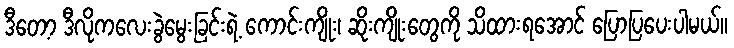
ဒီတေ့ာ ဒီလိုကလေးခွဲမွေးခြင်းရဲ့ ကောင်းကျိုး၊ ဆိုးကျိုးတွေကို သိထားရအောင် ပြောပြပေးပါမယ်။